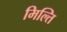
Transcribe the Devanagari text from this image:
मिल्ति